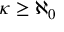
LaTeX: \kappa \geq \aleph _ { 0 }